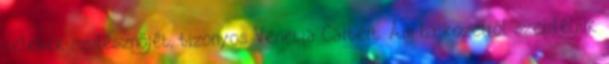
celebek szülésznőjét, bizonyos Venetia Cartert. Ám ha közelről szemléljük